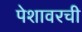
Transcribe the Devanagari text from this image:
पेशावरची